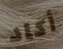
أكاد